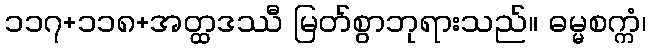
၁၁၇+၁၁၈+အတ္ထဒဿီ မြတ်စွာဘုရားသည်။ ဓမ္မစက္ကံ၊